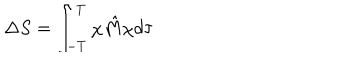
\Delta S = \int _ { - T } ^ { T } \chi \hat { M } \chi d \tau